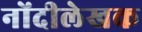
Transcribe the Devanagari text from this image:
नोंदीलेखक